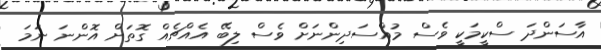
އާސަންދަ ސްކީމަކީ ވެސް މުއްސަދިންނަށް ވެސް ލިބޭ އެއްޗެއް ގޮތަށް އޮންނަ ނަމަ